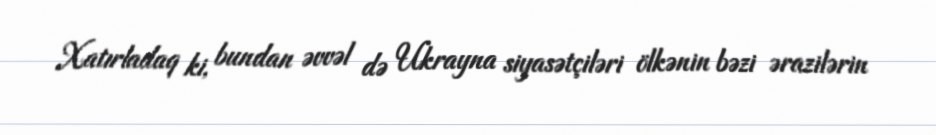
Xatırladaq ki, bundan əvvəl də Ukrayna siyasətçiləri ölkənin bəzi ərazilərin